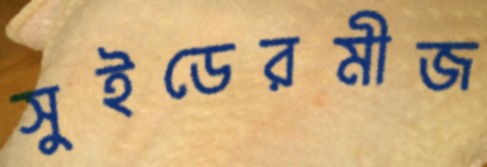
সুইডেরমীজ